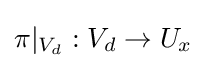
\pi |_{V_{d}}:V_{d}\rightarrow U_{x}